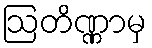
ဩတိဏ္ဏာမှ